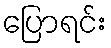
ပြောရင်း